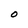
Character: O